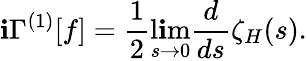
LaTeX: \mathbf{i}\Gamma^{(1)}[f]={\frac{{1}}{{2}}}\operatorname*{l\mathbf{i}m}_{s\to0}{\frac{{d}}{{ds}}}\zeta_{H}(s).